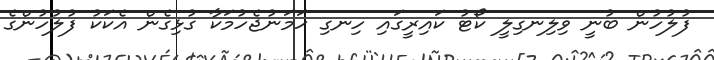
ފުލުހުން ބުނީ ވިލިނގިލީ ކޯޓު ކައިރީގައި ހިނގި ހަމަނުޖެހުމަކާ ގުޅިގެން އެކަކު ފުލުހުންގެ